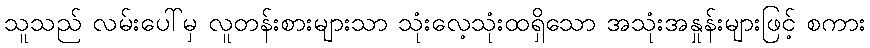
သူသည် လမ်းပေါ်မှ လူတန်းစားများသာ သုံးလေ့သုံးထရှိသော အသုံးအနှုန်းများဖြင့် စကား